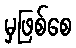
မှဖြစ်စေ